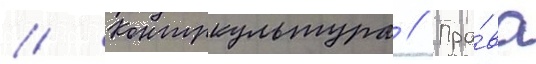
// Контркультура // Пра́ва